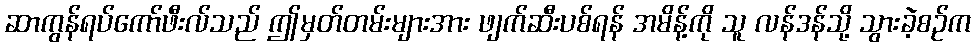
ဆာကွန်ရပ်ကော်ဖီးလ်သည် ဤမှတ်တမ်းများအား ဖျက်ဆီးပစ်ရန် အမိန့်ကို သူ လန်ဒန်သို့ သွားခဲ့စဉ်က